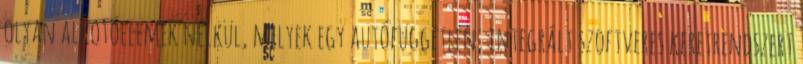
olyan alkotóelemek nélkül, melyek egy autófüggetlen, integrált szoftveres keretrendszert